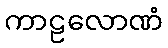
ကာဠလောဏံ